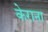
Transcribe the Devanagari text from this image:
केराना